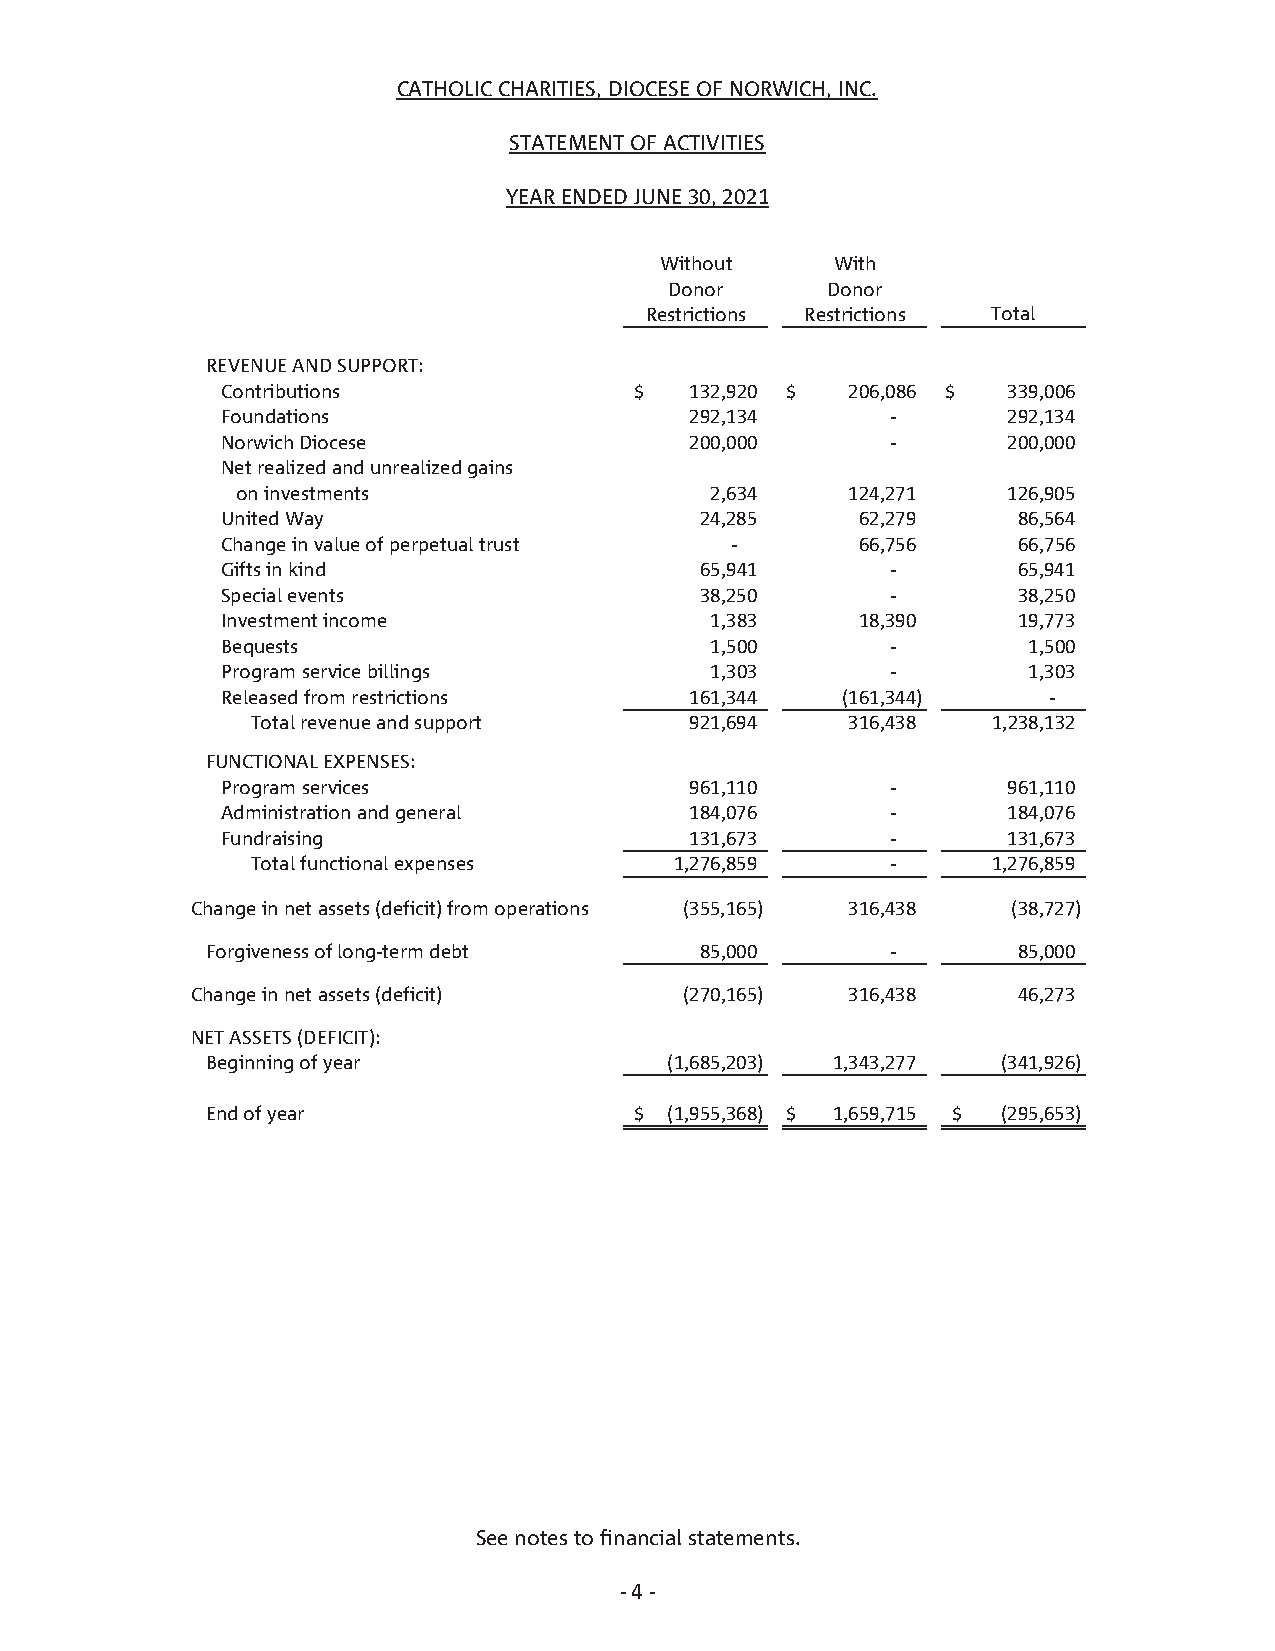
CATHOLIC CHARITIES, DIOCESE OF NORWICH, INC.
 STATEMENT OF ACTIVITIES
 YEAR ENDED JUNE 30, 2021
 Without    With
 Donor      Donor
 Restrictions Restrictions Total
 REVENUE AND SUPPORT:
 Contributions              $   1 32,920 $ 206,086 $ 339,006
 Foundations                    292,134      -       292,134
 Norwich Diocese                200,000      -       200,000
 Net realized and unrealized gains
 on investments                 2,634    124,271    126,905
 United Way                     24,285     62,279    86,564
 Change in value of perpetual trust -      66,756    66,756
 Gifts in kind                  65,941       -       65,941
 Special events                 38,250       -       38,250
 Investment income               1,383     18,390    19,773
 Bequests                        1,500       -        1,500
 Program service billings        1,303       -        1,303
 Released from restrictions     161,344   (161,344)    -
 Total revenue and support    921,694   316,438   1 ,238,132
 FUNCTIONAL EXPENSES:
 Program services               961,110      -       961,110
 Administration and general     184,076      -       184,076
 Fundraising                    131,673      -       131,673
 Total functional expenses   1 ,276,859    -      1 ,276,859
 Change in net assets (deficit) from operations (355,165) 316,438 (38,727)
 Forgiveness of long-term debt   85,000       -       85,000
 Change in net assets (deficit)  (270,165)  316,438    46,273
 NET ASSETS (DEFICIT):
 Beginning of year             (1,685,203) 1 ,343,277 (341,926)
 End of year                 $ (1,955,368) $ 1,659,715 $ (295,653)
 See notes to financial statements.
 - 4 -